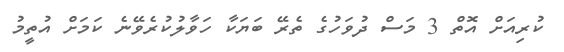
ކުރިއަށް އޮތް 3 މަސް ދުވަހުގެ ތެރޭ ބަޔަކާ ހަވާލުކުރެވޭނެ ކަމަށް އުތީމު